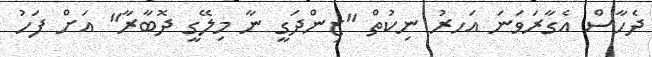
ދެހާސް އެގާރަވަނަ އަހރު ނިކުތް "ޒިންދަގީ ނާ މިލޭގީ ދޮބާރާ" އަށް ފަހު